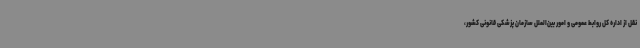
نقل از اداره کل روابط عمومی و امور بین‌الملل سازمان پزشکی قانونی کشور،